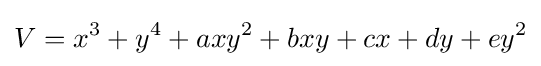
V=x^{3}+y^{4}+axy^{2}+bxy+cx+dy+ey^{2}